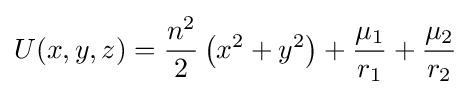
U(x,y,z)={\frac {n^{2}}{2}}\left(x^{2}+y^{2}\right)+{\frac {\mu _{1}}{r_{1}}}+{\frac {\mu _{2}}{r_{2}}}